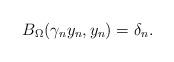
LaTeX: \begin{align*}B_\Omega(\gamma_n y_n, y_n) = \delta_n.\end{align*}